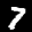
Label: 7